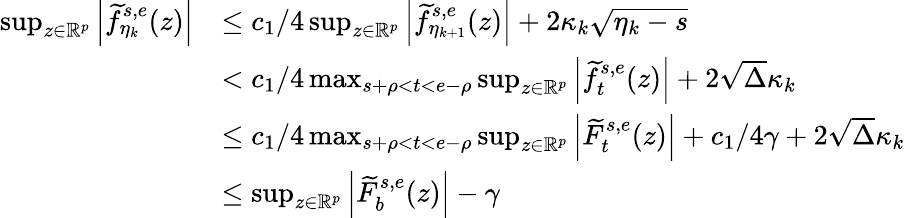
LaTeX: \begin{array}{rl}{\operatorname*{sup}_{z\in\mathbb{R}^{p}}\Big|\widetilde{f}_{\eta_{k}}^{s,e}(z)\Big|}&{\leq c_{1}/4\operatorname*{sup}_{z\in\mathbb{R}^{p}}\Big|\widetilde{f}_{\eta_{k+1}}^{s,e}(z)\Big|+2\kappa_{k}\sqrt{\eta_{k}-s}}\\ &{<c_{1}/4\operatorname*{max}_{s+\rho<t<e-\rho}\operatorname*{sup}_{z\in\mathbb{R}^{p}}\Big|\widetilde{f}_{t}^{s,e}(z)\Big|+2\sqrt{\Delta}\kappa_{k}}\\ &{\leq c_{1}/4\operatorname*{max}_{s+\rho<t<e-\rho}\operatorname*{sup}_{z\in\mathbb{R}^{p}}\Big|\widetilde{F}_{t}^{s,e}(z)\Big|+c_{1}/4\gamma+2\sqrt{\Delta}\kappa_{k}}\\ &{\leq\operatorname*{sup}_{z\in\mathbb{R}^{p}}\Big|\widetilde{F}_{b}^{s,e}(z)\Big|-\gamma}\end{array}